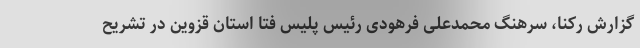
گزارش رکنا، سرهنگ محمدعلی فرهودی رئیس پلیس فتا استان قزوین در تشریح